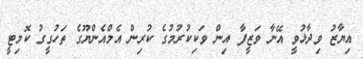
އިޔާޒު ވިދާޅުވީ އޭނާ ވަޒީފާ އިން ވަކިކުރުމުގެ ކުރިން އެމްއެންޔޫގެ ތަހުގީގު ކޮމިޓީ